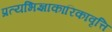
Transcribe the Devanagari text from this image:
प्रत्यभिज्ञाकारिकावृत्ति